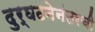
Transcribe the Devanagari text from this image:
दुर्घटनेनंतरची